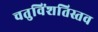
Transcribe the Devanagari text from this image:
चतुविंशतिस्तव